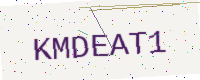
Text: KMDEAT1